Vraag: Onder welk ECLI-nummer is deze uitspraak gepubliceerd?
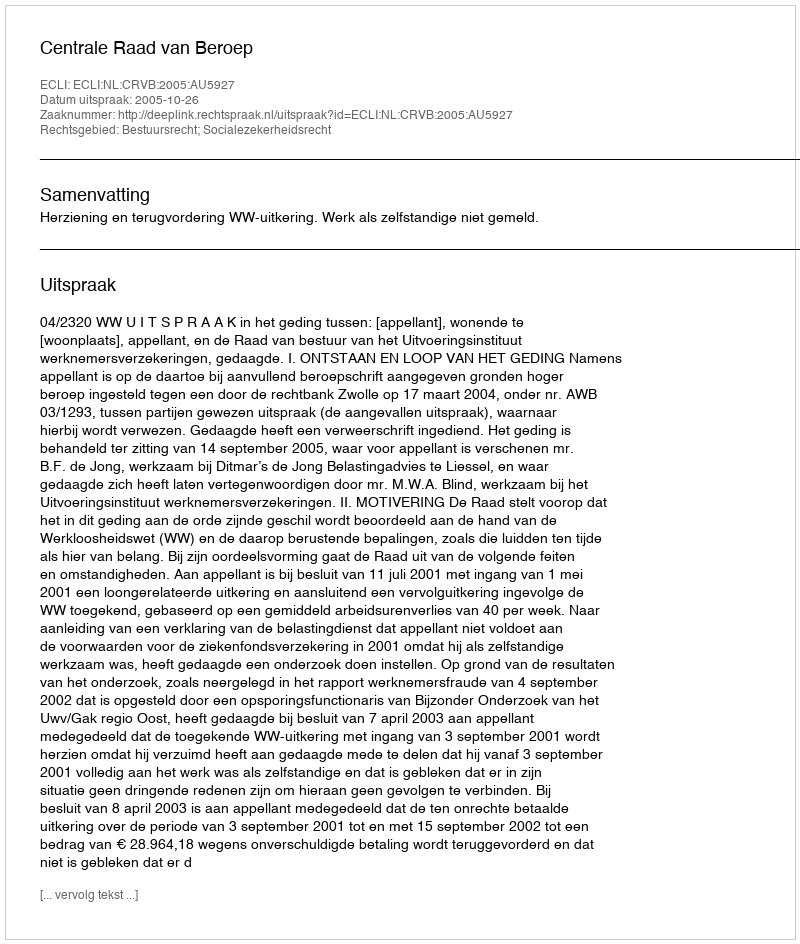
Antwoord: ECLI:NL:CRVB:2005:AU5927